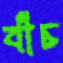
বাঁচ